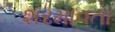
શરમાવતા